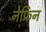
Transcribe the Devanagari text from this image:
नेफ्रिन